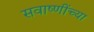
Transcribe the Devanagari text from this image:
सवाष्णींच्या